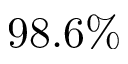
9 8 . 6 \%